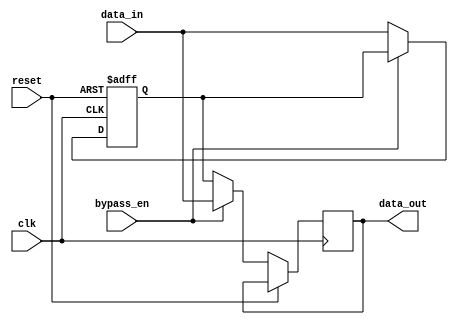
module VariableWidthBypassRegister(
    input wire clk,
    input wire reset,
    input wire [31:0] data_in,
    output reg [31:0] data_out,
    input wire bypass_en
);
    reg [31:0] storage_reg;

    always @(posedge clk or posedge reset) begin
        if (reset) begin
            storage_reg <= 32'd0;
        end else begin
            if (bypass_en) begin
                data_out <= data_in;
            end else begin
                data_out <= storage_reg;
                storage_reg <= data_in;
            end
        end
    end

endmodule